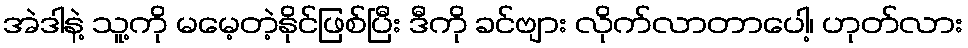
အဲဒါနဲ့ သူ့ကို မမေ့တဲ့နိုင်ဖြစ်ပြီး ဒီကို ခင်ဗျား လိုက်လာတာပေါ့၊ ဟုတ်လား